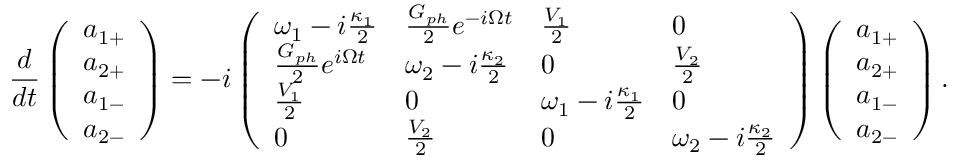
\frac { d } { d t } \left( \begin{array} { l } { a _ { 1 + } } \\ { a _ { 2 + } } \\ { a _ { 1 - } } \\ { a _ { 2 - } } \end{array} \right) = - i \left( \begin{array} { l l l l } { \omega _ { 1 } - i \frac { \kappa _ { 1 } } { 2 } } & { \frac { G _ { p h } } { 2 } e ^ { - i \Omega t } } & { \frac { V _ { 1 } } { 2 } } & { 0 } \\ { \frac { G _ { p h } } { 2 } e ^ { i \Omega t } } & { \omega _ { 2 } - i \frac { \kappa _ { 2 } } { 2 } } & { 0 } & { \frac { V _ { 2 } } { 2 } } \\ { \frac { V _ { 1 } } { 2 } } & { 0 } & { \omega _ { 1 } - i \frac { \kappa _ { 1 } } { 2 } } & { 0 } \\ { 0 } & { \frac { V _ { 2 } } { 2 } } & { 0 } & { \omega _ { 2 } - i \frac { \kappa _ { 2 } } { 2 } } \end{array} \right) \left( \begin{array} { l } { a _ { 1 + } } \\ { a _ { 2 + } } \\ { a _ { 1 - } } \\ { a _ { 2 - } } \end{array} \right) .